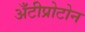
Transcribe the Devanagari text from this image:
अँटीप्रोटोन